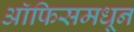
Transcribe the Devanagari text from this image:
ऑफिसमधून